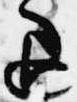
退